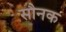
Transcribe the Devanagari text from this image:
सौनक